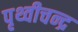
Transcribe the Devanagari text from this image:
पृथ्वीचन्द्र